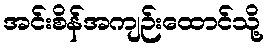
အင်းစိန်အကျဉ်းထောင်သို့